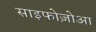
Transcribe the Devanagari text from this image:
साइफोज़ोआ